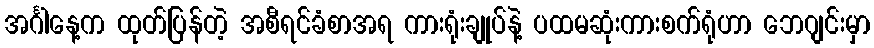
အင်္ဂါနေ့က ထုတ်ပြန်တဲ့ အစီရင်ခံစာအရ ကားရုံးချုပ်နဲ့ ပထမဆုံးကားစက်ရုံဟာ ဘေဂျင်းမှာ